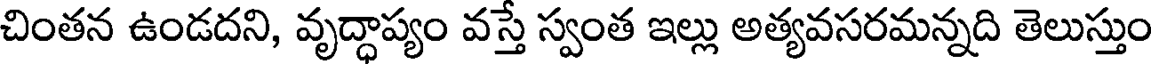
చింతన ఉండదని, వృద్ధాప్యం వస్తే స్వంత ఇల్లు అత్యవసరమన్నది తెలుస్తుం